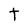
Character: t